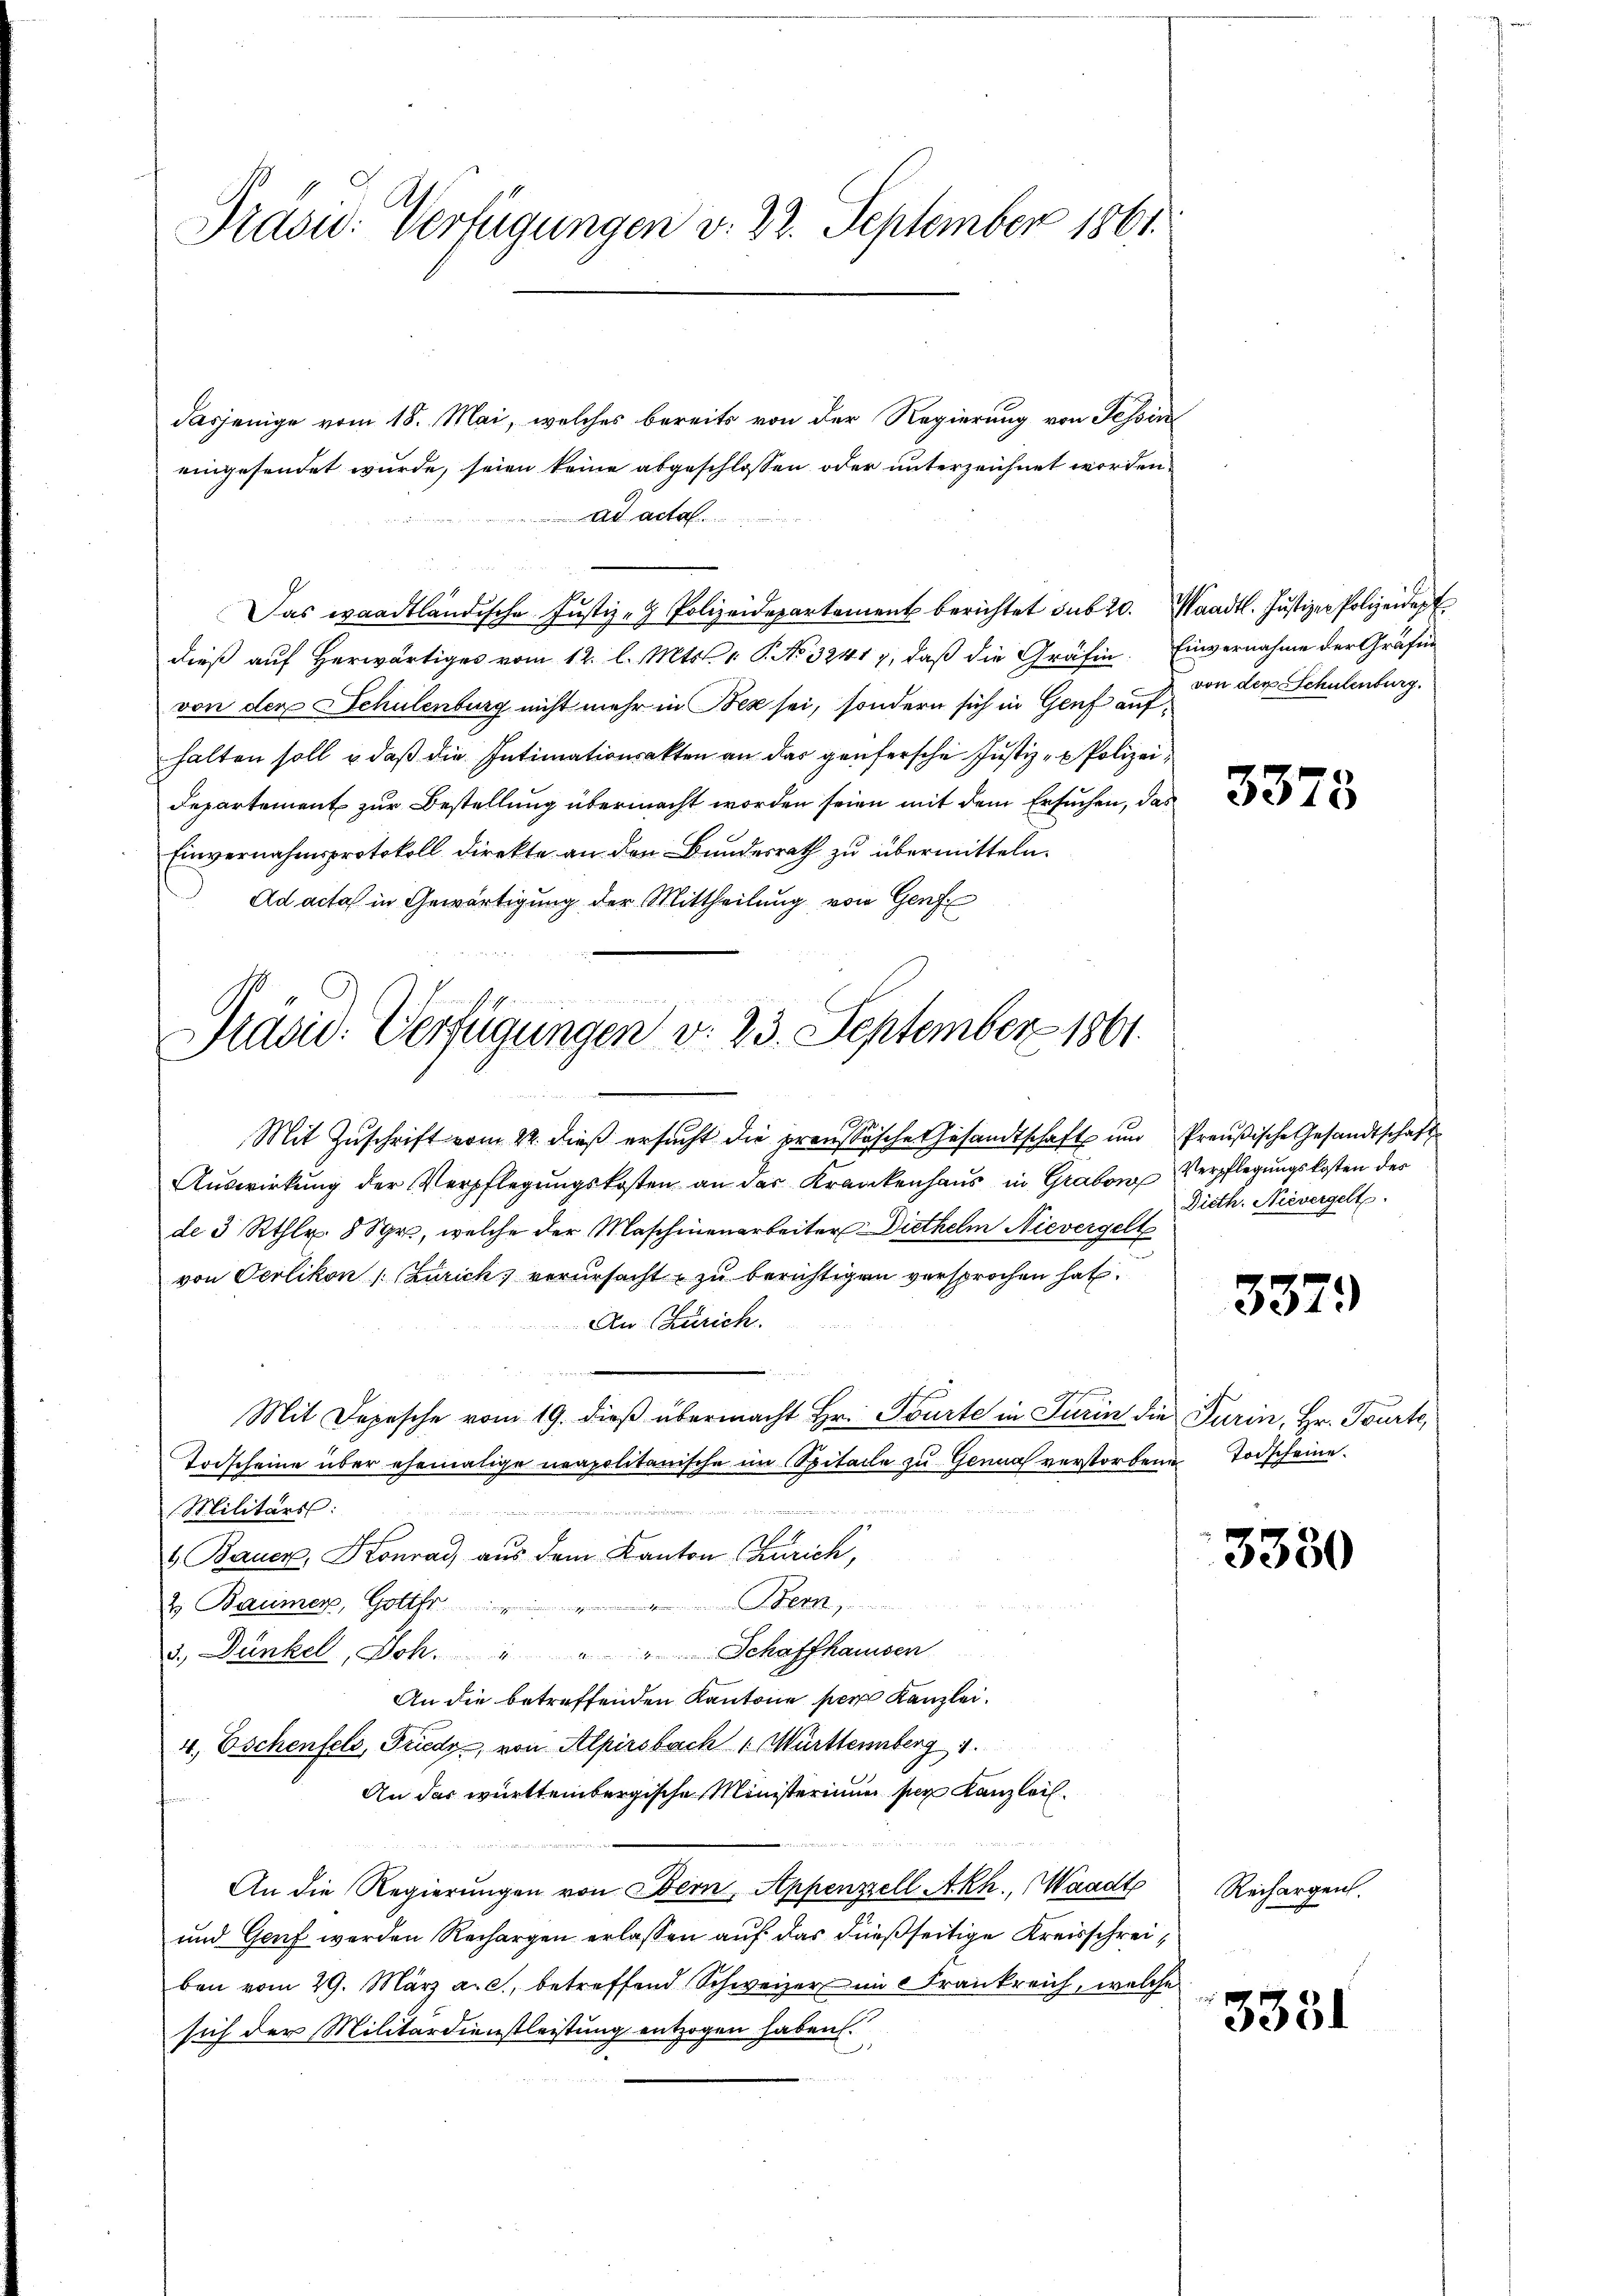
Präsid. Verfügungen v. 22. September 1861.

dasjenige vom 18. Mai, welches bereits von der Regierung von Tessin
eingesendet wurde, seien keine abgeschlossen oder unterzeichnet worden,
ad acta
dieß auf herwärtiges vom 12. l. Mts. 1. P. No 32417, daß die Gräfin. Einvernahme der Gräfin
von der Schulenburg nicht mehr in Bez sei, sondern sich in Genf aufhalten soll u. daß die Intimationsakten an das genfersche Justiz- & Polizei,
Departement zur Bestellung übermacht worden seien mit dem Ersuchen, das
Einvernahmsprotokoll direkte an den Bundesrath zu übermitteln.
Ad acta in Gewärtigung der Mittheilung von Genf

Das waadtländische Justiz- & Polizeidepartement berichtet sub 20. Waadt. Jŭstizen Polizeidep

Präsid. Verfügungen v. 23. September 1861.

Mit Zuschrift vom 22. dieß ersucht die preussische Gesandtschaft und
Auswirkung der Verpflegungskosten an das Krankenhaus in Graben Verpflegungskosten der
de 3 Rthlr 8 Sgr., welche der Maschinenarbeiter Diethelm Nievergell
von Oerlikon (Zürich, verursacht zu berichtigen versprochen hat.
An Zürich.
Mit Depesche vom 19. dieβ übermacht Hr. Tourte in Turin die Turin, Hr. Tourte,
Todscheine über ehemalige neapolitanische im Spitaile zu Genua verstorbene Todscheine
Militärs:

1 Bauer, Konrad aus dem Kanton Zürich,
Bern,
2. Baumer, Gottfr.
3. Dunkel, Joh. " " " Schaffhausen
An die betreffenden Kantone per Kanzlei.
4., Eschenfels, Friedy, von Alpirsbach Württemberg
An das württembergische Ministerium ser Kanzleil¬
An die Regierŭngen von Stern, Appenzell Akh., Waadt Rechargen.
und Genf werden Rechargen erlassen auf das dießseitige Kreisschreiben vom 29. März a. c., betreffend Schweizer im 5 Frankreich, welche
sich der Militärdienstleistung entzogen haben.

von der Schulenburg.

3373

Preußische Gesandtschaft
Dieth. Nievergelt

3379

3330

3331